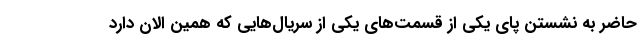
حاضر به نشستن پای یکی از قسمت‌های یکی از سریال‌هایی که همین الان دارد